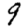
Digit: 9